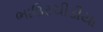
ભાઉરચીડીયા